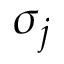
\sigma _ { j }